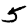
Digit: 5